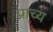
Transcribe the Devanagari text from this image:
प्राच्‍य